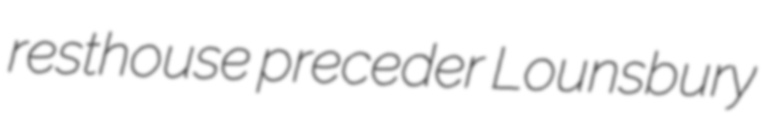
resthouse preceder Lounsbury